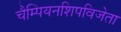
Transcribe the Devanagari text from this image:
चैम्पियनशिपविजेता